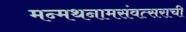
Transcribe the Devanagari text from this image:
मन्मथनामसंवत्सराची